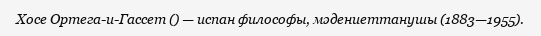
Хосе Ортега-и-Гассет () — испан философы, мәдениеттанушы (1883—1955).